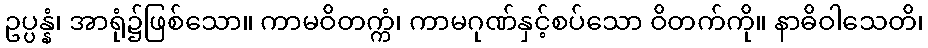
ဥပ္ပန္နံ၊ အာရုံ၌ဖြစ်သော။ ကာမဝိတက္ကံ၊ ကာမဂုဏ်နှင့်စပ်သော ဝိတက်ကို။ နာဓိဝါသေတိ၊